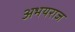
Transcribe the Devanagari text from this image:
अभयराज